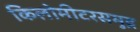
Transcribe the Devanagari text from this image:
किलोमीटरसमुद्र